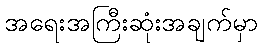
အရေးအကြီးဆုံးအချက်မှာ